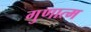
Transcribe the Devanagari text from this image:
गुणात्म